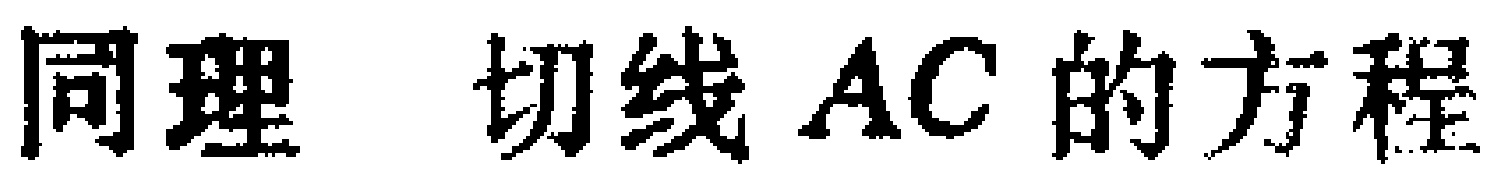
同理 切线 \(AC\) 的方程